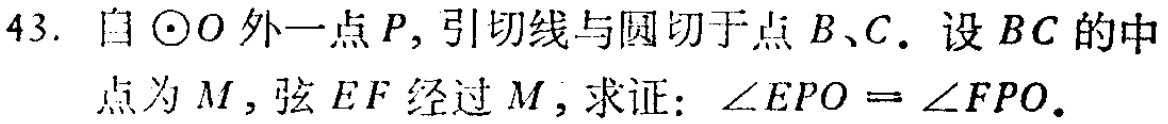
43. 自$\odot O$外一点$P$，引切线与圆切于点$B、C$。设$BC$的中点为$M$，弦$EF$经过$M$，求证：$\angle EPO = \angle FPO$。